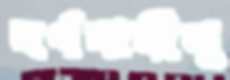
বর্ণবাদীসু